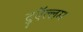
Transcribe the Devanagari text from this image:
दुऍल्लम